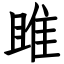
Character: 雎